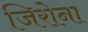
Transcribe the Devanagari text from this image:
जिरोना